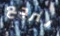
لنرجع